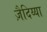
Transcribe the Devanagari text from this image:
ज़ैदिय्या